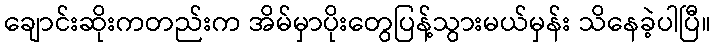
ချောင်းဆိုးကတည်းက အိမ်မှာပိုးတွေပြန့်သွားမယ်မှန်း သိနေခဲ့ပါပြီ။